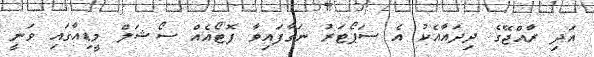
އަދި ރާއްޖޭގެ ދިދައާއެކު އެ ސަޕޯޓަރު ނަގާފައިވާ ފޮޓޯއެއް ސޯޝަލް މީޑިއާގައި ވަނީ